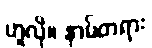
ဟူလို။ နာမ်တရား